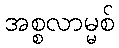
အစ္စလာမ္မစ်